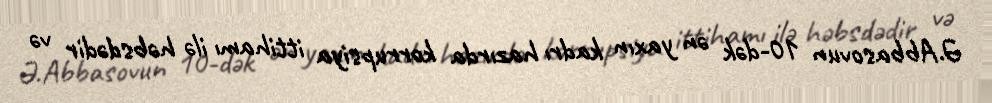
Ə.Abbasovun 10-dək ən yaxın kadrı hazırda korrupsiya ittihamı ilə həbsdədir və